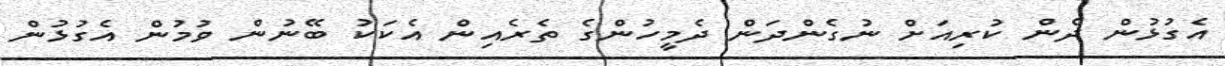
އެގުޅުން ދެން ކުރިއަށް ނުގެންދަން ދެމީހުންގެ ތެރެއިން އެކަކު ބޭނުން ވުމުން އެގުޅުން